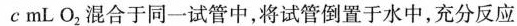
c mL \mathrm{NO}_{2}混合于同一试管中，将试管倒置于水中，充分反应